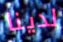
لدينا